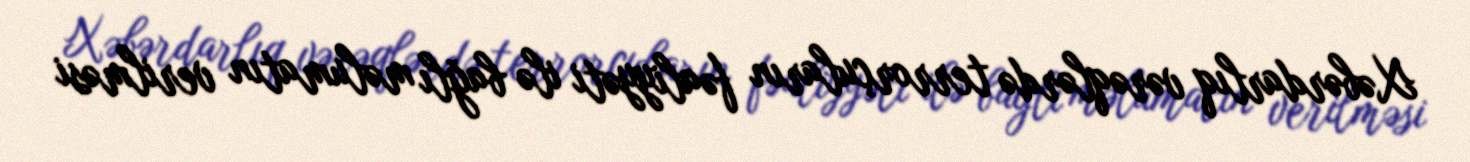
Xəbərdarlıq vərəqlərdə terrorçuların fəaliyyəti ilə bağlı məlumatın verilməsi